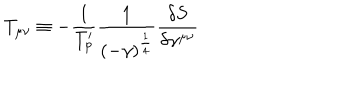
T _ { \mu \nu } \equiv - \frac { 1 } { T _ { p } ^ { \prime } } \frac { 1 } { ( - \gamma ) ^ { \frac { 1 } { 4 } } } \frac { \delta S } { \delta \gamma ^ { \mu \nu } }